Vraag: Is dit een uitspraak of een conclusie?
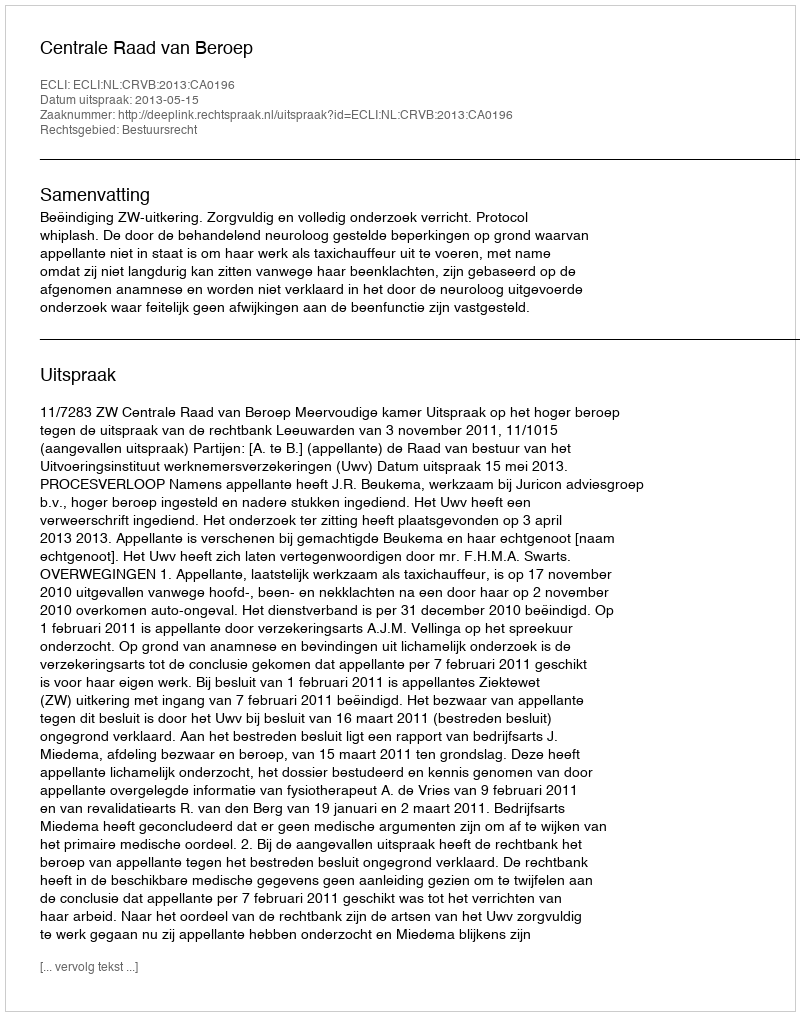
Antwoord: Uitspraak